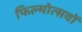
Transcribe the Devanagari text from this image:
फिल्मोत्सवों